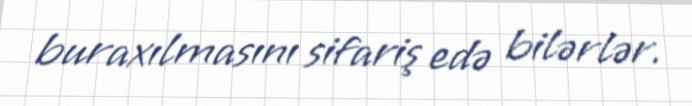
buraxılmasını sifariş edə bilərlər.